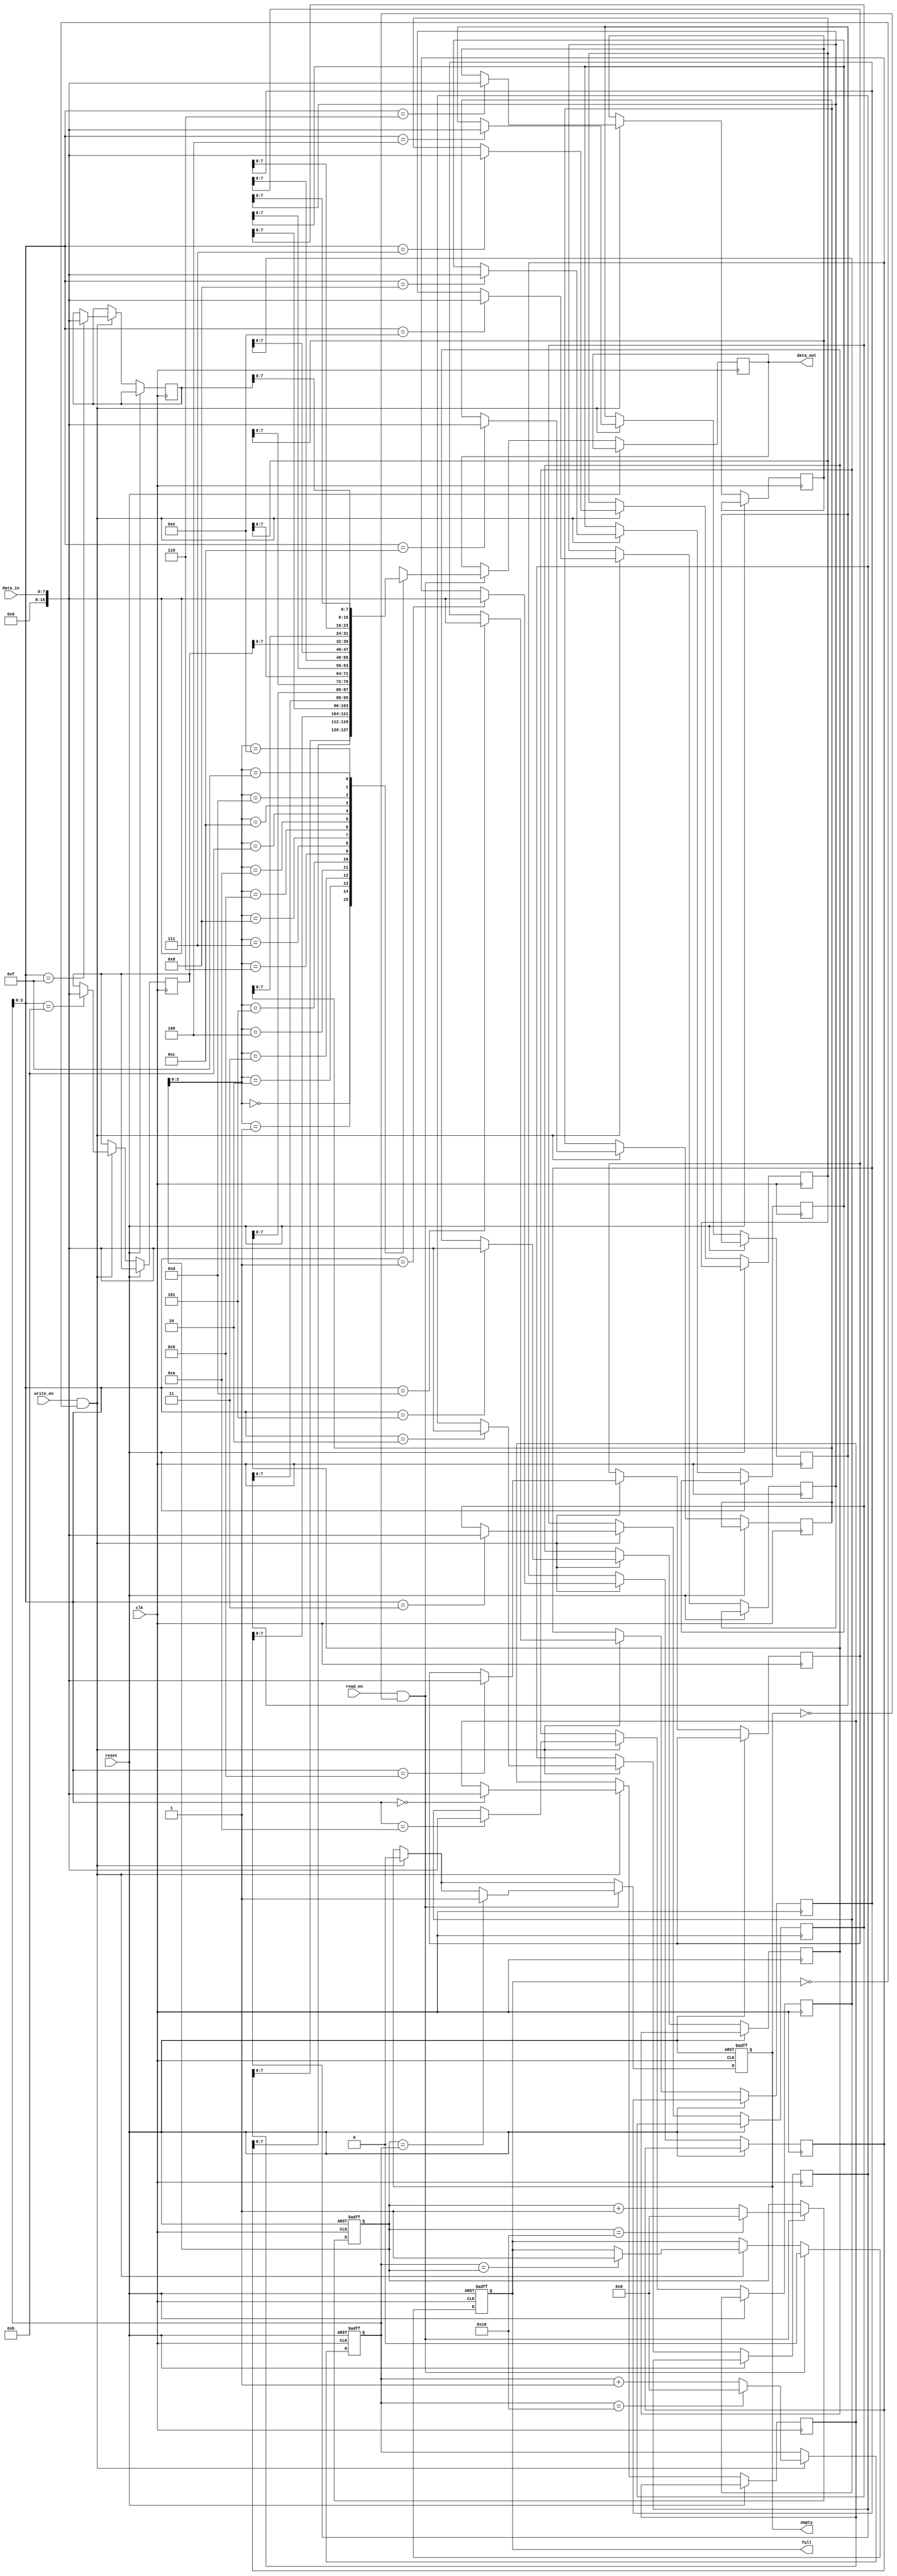
module fifo_buffer #(
    parameter BUFFER_SIZE = 16
)(
    input wire clk,
    input wire reset,
    input wire write_en,
    input wire read_en,
    input wire [7:0] data_in,
    output reg [7:0] data_out,
    output reg full,
    output reg empty
);

reg [BUFFER_SIZE-1:0] buffer [0:BUFFER_SIZE-1];
reg [BUFFER_SIZE-1:0] write_ptr;
reg [BUFFER_SIZE-1:0] read_ptr;

always @(posedge clk or posedge reset) begin
    if (reset) begin
        write_ptr <= 0;
        read_ptr <= 0;
        full <= 0;
        empty <= 1;
    end else begin
        if (write_en && !full) begin
            buffer[write_ptr] <= data_in;
            write_ptr <= write_ptr + 1;
            if (write_ptr == BUFFER_SIZE) begin
                write_ptr <= 0;
            end
            if (write_ptr == read_ptr) begin
                full <= 1;
            end
            empty <= 0;
        end
        if (read_en && !empty) begin
            data_out <= buffer[read_ptr];
            read_ptr <= read_ptr + 1;
            if (read_ptr == BUFFER_SIZE) begin
                read_ptr <= 0;
            end
            if (read_ptr == write_ptr) begin
                empty <= 1;
            end
            full <= 0;
        end
    end
end

endmodule